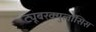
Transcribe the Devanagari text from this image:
ट्यूबरक्युलॉसिस